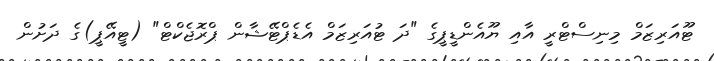
ޓޫއަރިޒަމް މިނިސްޓްރީ އާއި ޔޫއެންޑީޕީގެ "ދަ ޓުއަރިޒަމް އެޑެޕްޓޭޝާން ޕްރޮޖެކްޓް" (ޓީއޭޕީ)ގެ ދަށުން